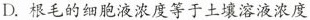
D.根毛的细胞液浓度等于土壤溶液浓度